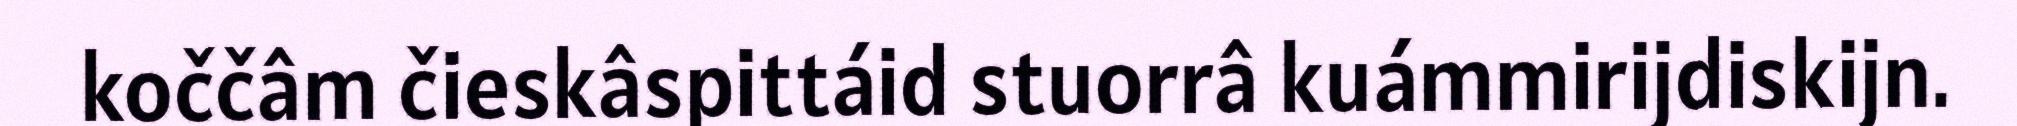
koččâm čieskâspittáid stuorrâ kuámmirijdiskijn.